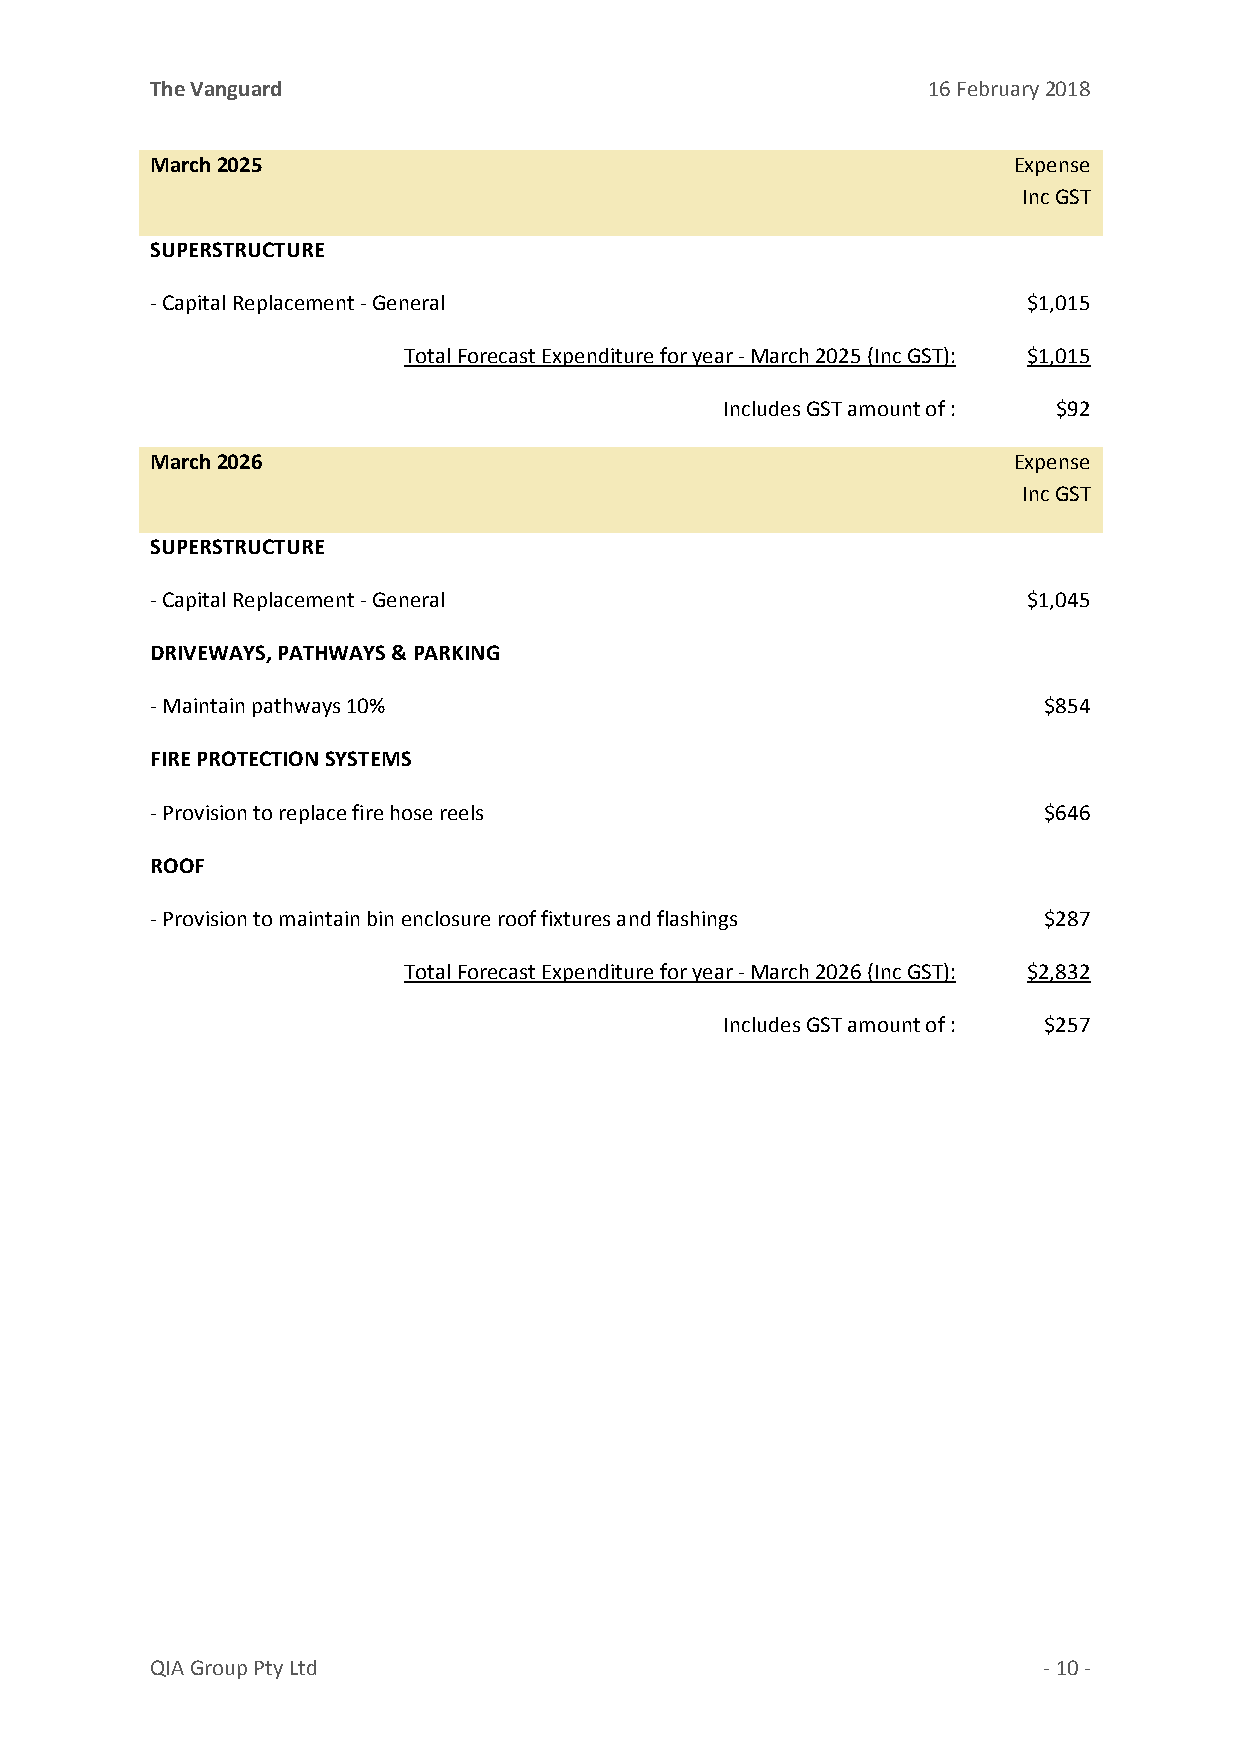
The Vanguard                                       16 February 2018
 March 2025                                               Expense
 Inc GST
 SUPERSTRUCTURE
 ‐ Capital Replacement ‐ General                           $1,015
 Total Forecast Expenditure for year ‐ March 2025 (Inc GST): $1,015
 Includes GST amount of : $92
 March 2026                                               Expense
 Inc GST
 SUPERSTRUCTURE
 ‐ Capital Replacement ‐ General                           $1,045
 DRIVEWAYS, PATHWAYS & PARKING
 ‐ Maintain pathways 10%                                    $854
 FIRE PROTECTION SYSTEMS
 ‐ Provision to replace fire hose reels                     $646
 ROOF
 ‐ Provision to maintain bin enclosure roof fixtures and flashings $287
 Total Forecast Expenditure for year ‐ March 2026 (Inc GST): $2,832
 Includes GST amount of : $257
 QIA Group Pty Ltd                                          ‐ 10 ‐